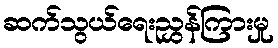
ဆက်သွယ်ရေးညွှန်ကြားမှု